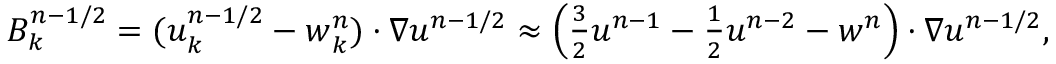
\begin{array} { r } { B _ { k } ^ { n - 1 / 2 } = ( \b u _ { k } ^ { n - 1 / 2 } - \b w _ { k } ^ { n } ) \cdot \nabla u ^ { n - 1 / 2 } \approx \left( \frac { 3 } { 2 } \b u ^ { n - 1 } - \frac { 1 } { 2 } \b u ^ { n - 2 } - \b w ^ { n } \right) \cdot \nabla u ^ { n - 1 / 2 } , } \end{array}